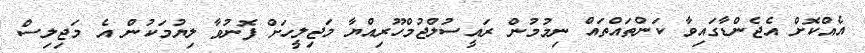
އެއްކޮށް އެޖެންޑާގައިވާ ކަންތައްތައް ނިމުމުން ރައީސުލްޖުމްހޫރިއްޔާ މަޖިލީހަށް ފޮނުވާ ލިޔުމަކުން އެ މަޖިލިސް